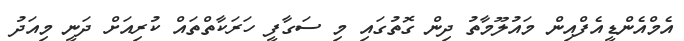
އެމްއެންޑީއެފްއިން މައުލޫމާތު ދިން ގޮތުގައި މި ސަގާފީ ހަރަކާތްތައް ކުރިއަށް ދަނީ މިއަދު